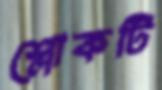
শ্লোকটি